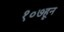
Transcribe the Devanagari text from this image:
१०७हून